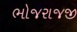
ભોજરાજજી